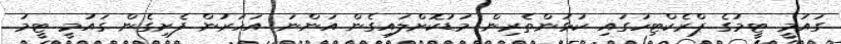
ގައުމީ ޓީމުގެ ޕްރެކްޓިހުގައި ކުޅުންތެރިން މަޑުކޮށްލައިގެން އަންނަ އަހަރުން ފެށިގެން ގައުމީ ޓީމު